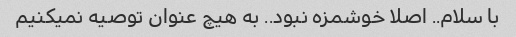
با سلام.. اصلا خوشمزه نبود.. به هیچ عنوان توصیه نمیکنیم